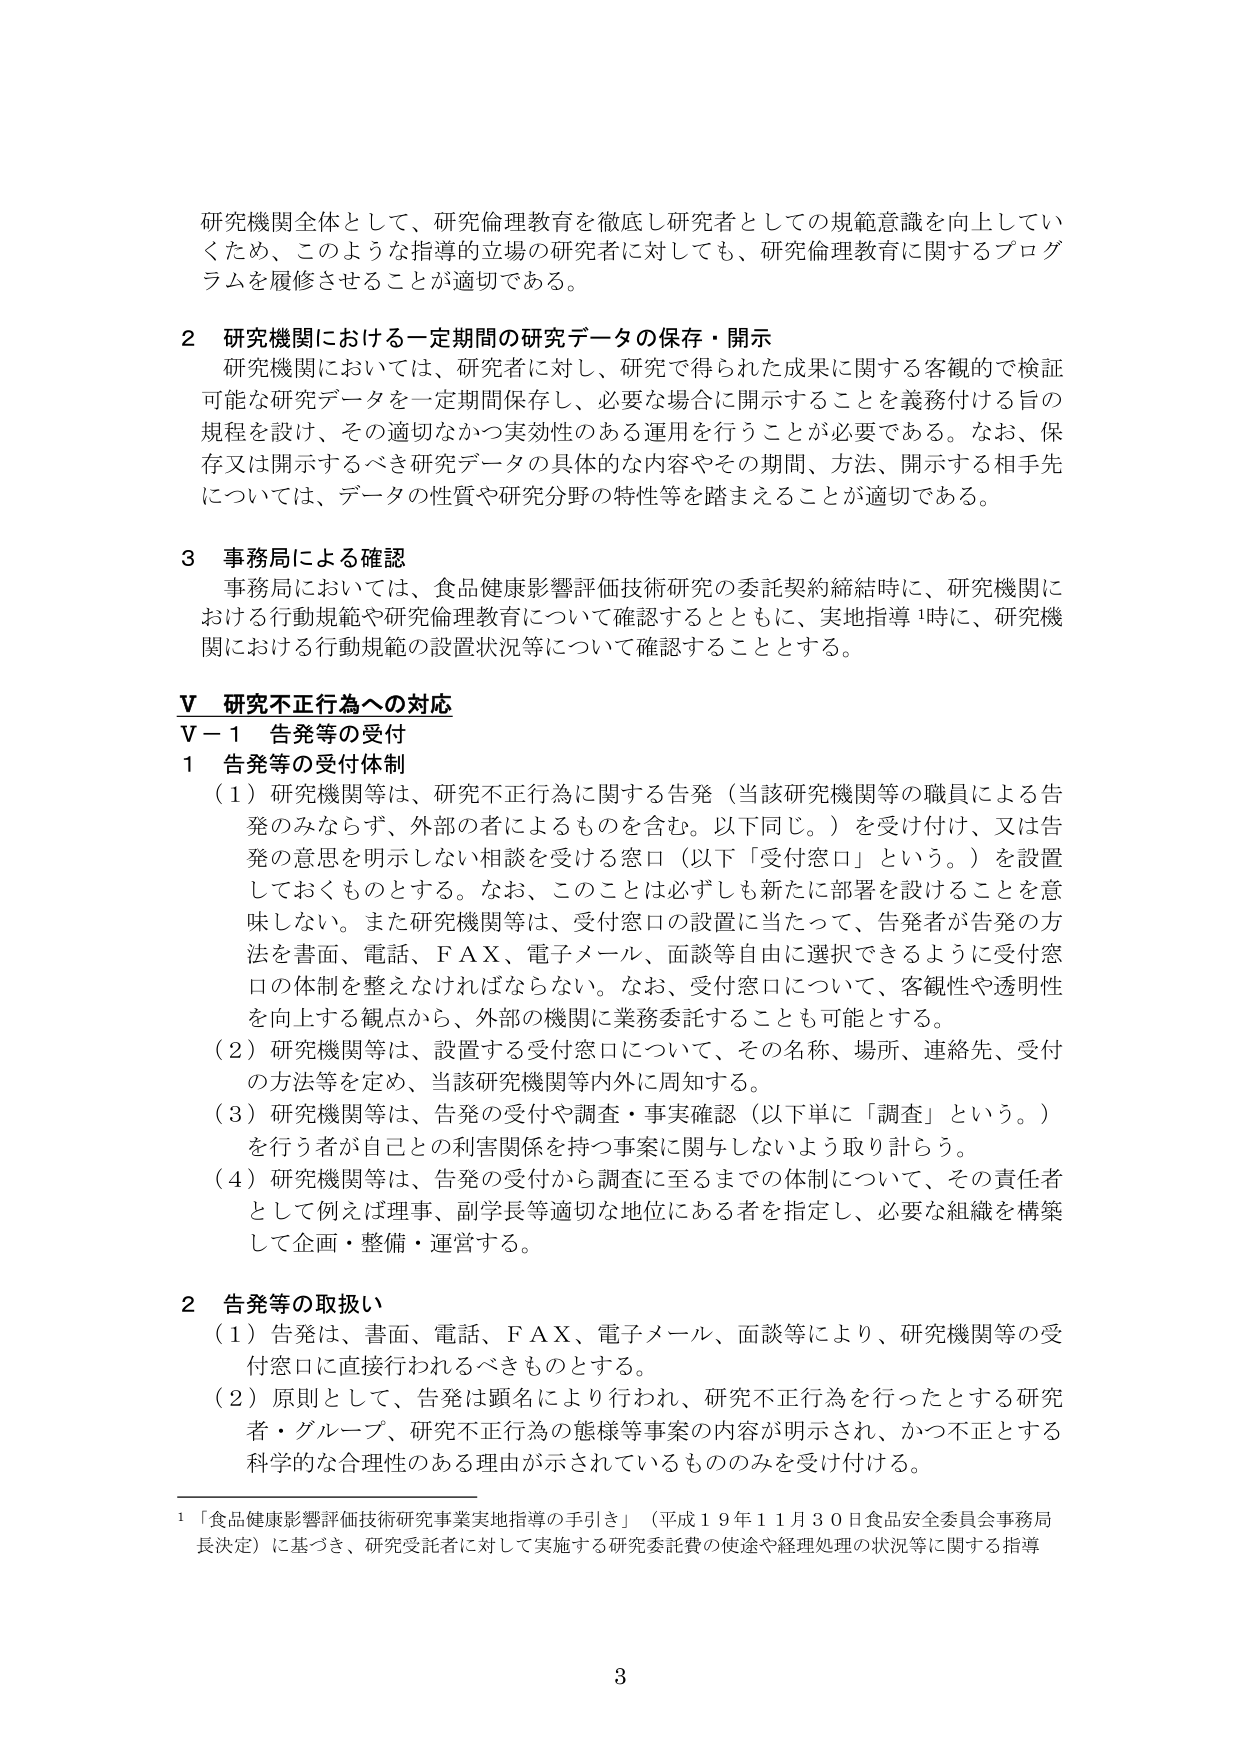
研究機関全体として、研究倫理教育を徹底し研究者としての規範意識を向上してい
くため、このような指導的立場の研究者に対しても、研究倫理教育に関するプログ
ラムを履修させることが適切である。

2 研究機関における一定期間の研究データの保存・開示
研究機関においては、研究者に対し、研究で得られた成果に関する客観的で検証
可能な研究データを一定期間保存し、必要な場合に開示することを義務付ける旨の
規程を設け、その適切なかつ実効性のある運用を行うことが必要である。なお、保
存又は開示するべき研究データの具体的な内容やその期間、方法、開示する相手先
については、データの性質や研究分野の特性等を踏まえることが適切である。

3 事務局による確認
事務局においては、食品健康影響評価技術研究の委託契約締結時に、研究機関に
おける行動規範や研究倫理教育について確認するとともに、実地指導¹時に、研究機
関における行動規範の設置状況等について確認することとする。

V 研究不正行為への対応
V－1 告発等の受付
1 告発等の受付体制
（1）研究機関等は、研究不正行為に関する告発（当該研究機関等の職員による告
発のみならず、外部の者によるものを含む。以下同じ。）を受け付け、又は告
発の意思を明示しない相談を受ける窓口（以下「受付窓口」という。）を設置
しておくものとする。なお、このことは必ずしも新たに部署を設けることを意
味しない。また研究機関等は、受付窓口の設置に当たって、告発者が告発の方
法を書面、電話、ＦＡＸ、電子メール、面談等自由に選択できるように受付窓
口の体制を整えなければならない。なお、受付窓口について、客観性や透明性
を向上する観点から、外部の機関に業務委託することも可能とする。
（2）研究機関等は、設置する受付窓口について、その名称、場所、連絡先、受付
の方法等を定め、当該研究機関等内外に周知する。
（3）研究機関等は、告発の受付や調査・事実確認（以下単に「調査」という。）
を行う者が自己との利害関係を持つ事案に関与しないよう取り計らう。
（4）研究機関等は、告発の受付から調査に至るまでの体制について、その責任者
として例えば理事、副学長等適切な地位にある者を指定し、必要な組織を構築
して企画・整備・運営する。

2 告発等の取扱い
（1）告発は、書面、電話、ＦＡＸ、電子メール、面談等により、研究機関等の受
付窓口に直接行われるべきものとする。
（2）原則として、告発は顔名により行われ、研究不正行為を行ったとする研究
者・グループ、研究不正行為の態様等事案の内容が明示され、かつ不正とする
科学的な合理性のある理由が示されているもののみを受け付ける。

¹「食品健康影響評価技術研究事業実地指導の手引き」（平成19年11月30日食品安全委員会事務局
長決定）に基づき、研究受託者に対して実施する研究委託費の使途や経理処理の状況等に関する指導

3